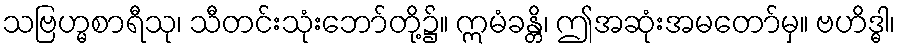
သဗြဟ္မစာရီသု၊ သီတင်းသုံးဘော်တို့၌။ ဣမံခန္တိ၊ ဤအဆုံးအမတော်မှ။ ဗဟိဒ္ဓါ၊